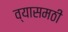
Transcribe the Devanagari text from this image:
व्यासमठी